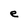
Character: e